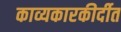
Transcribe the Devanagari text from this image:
काव्यकारकीर्दीत